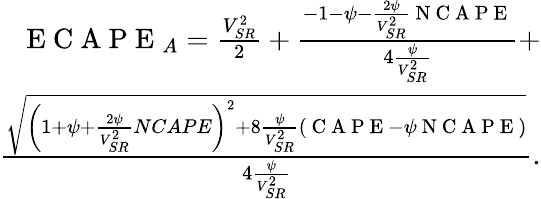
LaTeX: \begin{array}{r}{\mathrm{~E~C~A~P~E~}_{A}=\frac{V_{SR}^{2}}{2}+\frac{-1-\psi-\frac{2\psi}{V_{SR}^{2}}\mathrm{~N~C~A~P~E~}}{4\frac{\psi}{V_{SR}^{2}}}+}\\ {\frac{\sqrt{\left(1+\psi+\frac{2\psi}{V_{SR}^{2}}NCAPE\right)^{2}+8\frac{\psi}{V_{SR}^{2}}\left(\mathrm{~C~A~P~E~}-\psi\mathrm{~N~C~A~P~E~}\right)}}{4\frac{\psi}{V_{SR}^{2}}}.}\end{array}